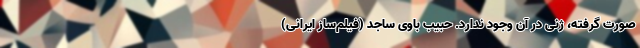
صورت گرفته، ژنی در آن وجود ندارد. حبیب باوی ساجد (فیلم‌ساز ایرانی)